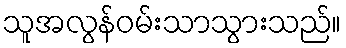
သူအလွန်ဝမ်းသာသွားသည်။